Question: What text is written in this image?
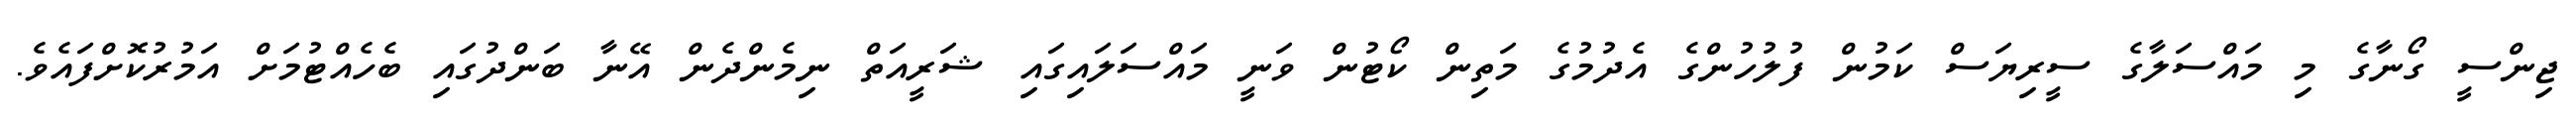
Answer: ޖިންސީ ގޯނާގެ މި މައްސަލާގެ ސީރިޔަސް ކަމުން ފުލުހުންގެ އެދުމުގެ މަތިން ކޯޓުން ވަނީ މައްސަލައިގައި ޝަރީއަތް ނިމެންދެން އޭނާ ބަންދުގައި ބެހެއްޓުމަށް އަމުރުކޮށްފައެވެ.